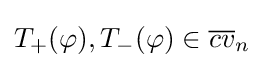
T_{+}(\varphi ),T_{-}(\varphi )\in {\overline {cv}}_{n}